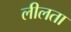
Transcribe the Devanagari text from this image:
लीलता